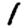
Digit: 1